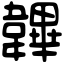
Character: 韠